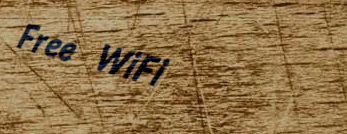
Free WiFi